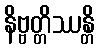
နိဗ္ဗတ္တိဿန္တိ